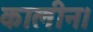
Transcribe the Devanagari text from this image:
कालीन।